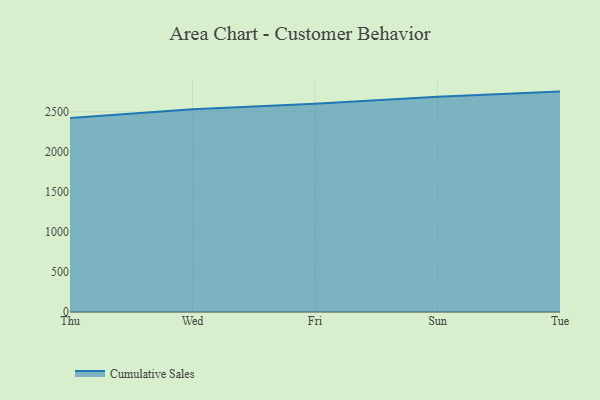
{"axis": {"x": "Day", "y": "Population (Million)"}, "legend": ["Cumulative Sales"], "data": [{"x": "Thu", "y": 2425.9, "type": "Cumulative Sales"}, {"x": "Wed", "y": 2535.3, "type": "Cumulative Sales"}, {"x": "Fri", "y": 2602.2, "type": "Cumulative Sales"}, {"x": "Sun", "y": 2689.5, "type": "Cumulative Sales"}, {"x": "Tue", "y": 2754.6, "type": "Cumulative Sales"}]}